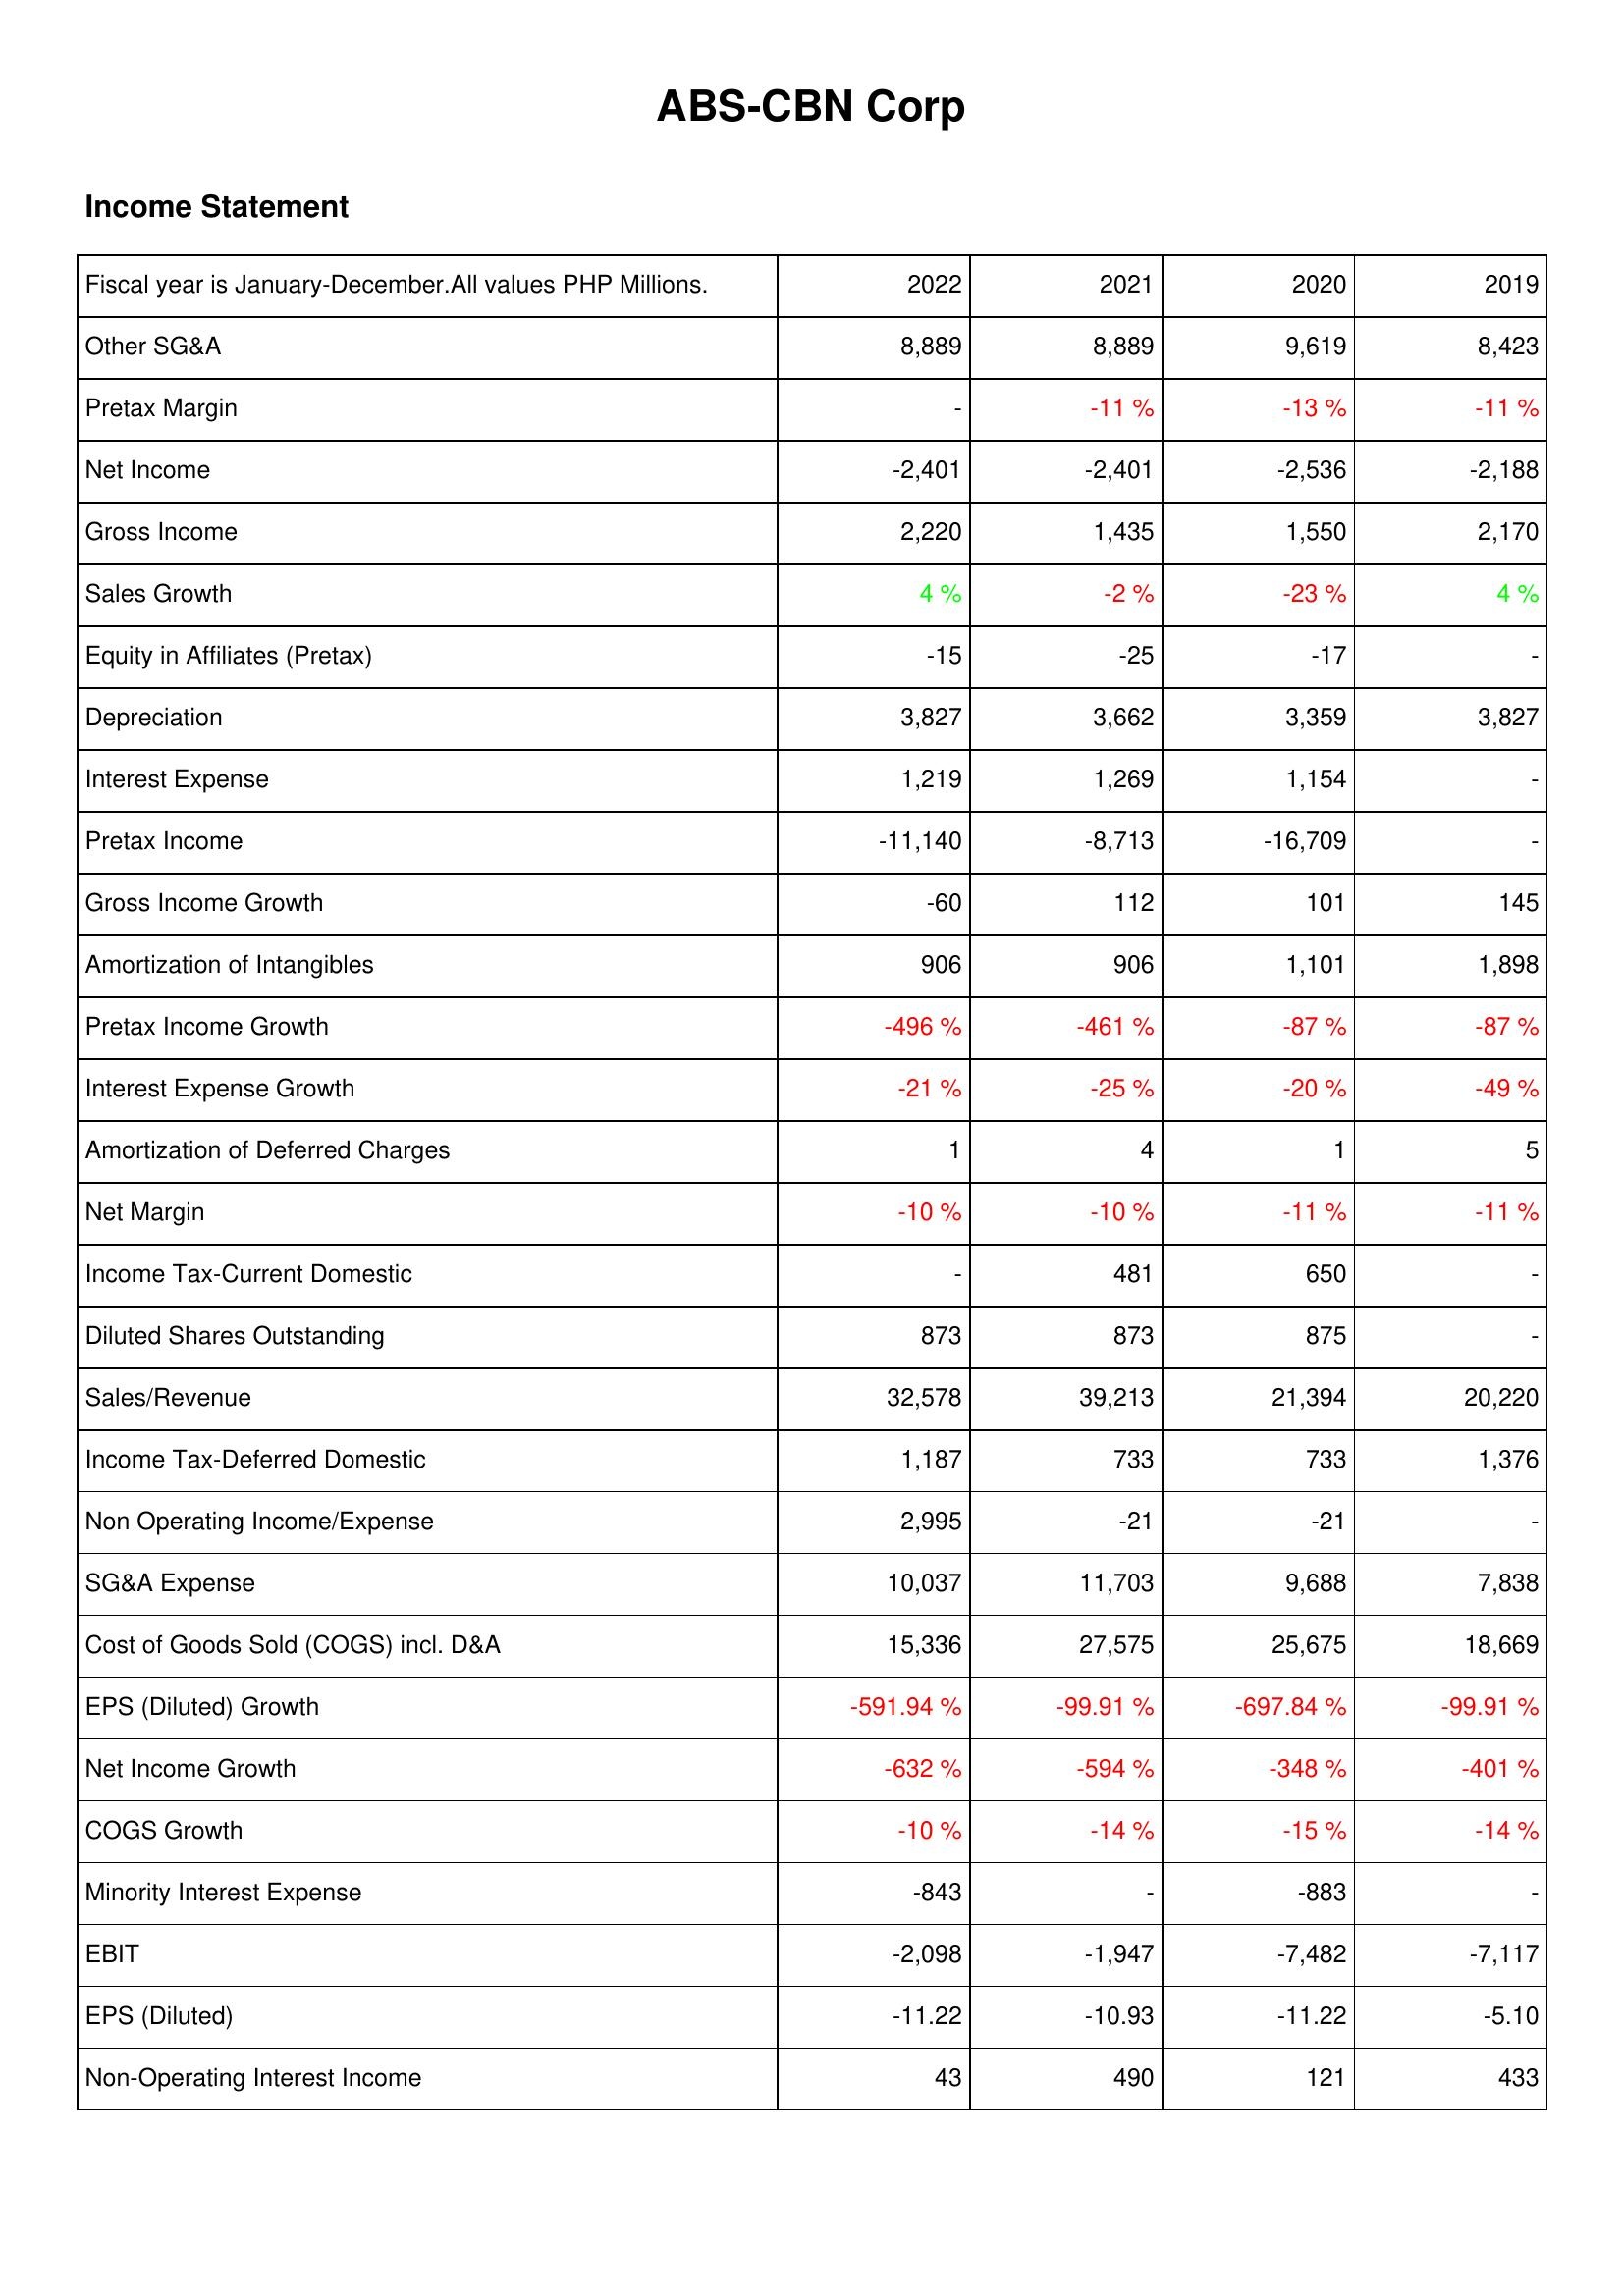
2022: Income Statement: Other SG&A: 8,889
Pretax Margin: -
Net Income: -2,401
Gross Income: 2,220
Sales Growth: 4 %
Equity in Affiliates (Pretax): -15
Depreciation: 3,827
Interest Expense: 1,219
Pretax Income: -11,140
Gross Income Growth: -60
Amortization of Intangibles: 906
Pretax Income Growth: -496 %
Interest Expense Growth: -21 %
Amortization of Deferred Charges: 1
Net Margin: -10 %
Income Tax-Current Domestic: -
Diluted Shares Outstanding: 873
Sales/Revenue: 32,578
Income Tax-Deferred Domestic: 1,187
Non Operating Income/Expense: 2,995
SG&A Expense: 10,037
Cost of Goods Sold (COGS) incl. D&A: 15,336
EPS (Diluted) Growth: -591.94 %
Net Income Growth: -632 %
COGS Growth: -10 %
Minority Interest Expense: -843
EBIT: -2,098
EPS (Diluted): -11.22
Non-Operating Interest Income: 43
2021: Income Statement: Other SG&A: 8,889
Pretax Margin: -11 %
Net Income: -2,401
Gross Income: 1,435
Sales Growth: -2 %
Equity in Affiliates (Pretax): -25
Depreciation: 3,662
Interest Expense: 1,269
Pretax Income: -8,713
Gross Income Growth: 112
Amortization of Intangibles: 906
Pretax Income Growth: -461 %
Interest Expense Growth: -25 %
Amortization of Deferred Charges: 4
Net Margin: -10 %
Income Tax-Current Domestic: 481
Diluted Shares Outstanding: 873
Sales/Revenue: 39,213
Income Tax-Deferred Domestic: 733
Non Operating Income/Expense: -21
SG&A Expense: 11,703
Cost of Goods Sold (COGS) incl. D&A: 27,575
EPS (Diluted) Growth: -99.91 %
Net Income Growth: -594 %
COGS Growth: -14 %
Minority Interest Expense: -
EBIT: -1,947
EPS (Diluted): -10.93
Non-Operating Interest Income: 490
2020: Income Statement: Other SG&A: 9,619
Pretax Margin: -13 %
Net Income: -2,536
Gross Income: 1,550
Sales Growth: -23 %
Equity in Affiliates (Pretax): -17
Depreciation: 3,359
Interest Expense: 1,154
Pretax Income: -16,709
Gross Income Growth: 101
Amortization of Intangibles: 1,101
Pretax Income Growth: -87 %
Interest Expense Growth: -20 %
Amortization of Deferred Charges: 1
Net Margin: -11 %
Income Tax-Current Domestic: 650
Diluted Shares Outstanding: 875
Sales/Revenue: 21,394
Income Tax-Deferred Domestic: 733
Non Operating Income/Expense: -21
SG&A Expense: 9,688
Cost of Goods Sold (COGS) incl. D&A: 25,675
EPS (Diluted) Growth: -697.84 %
Net Income Growth: -348 %
COGS Growth: -15 %
Minority Interest Expense: -883
EBIT: -7,482
EPS (Diluted): -11.22
Non-Operating Interest Income: 121
2019: Income Statement: Other SG&A: 8,423
Pretax Margin: -11 %
Net Income: -2,188
Gross Income: 2,170
Sales Growth: 4 %
Equity in Affiliates (Pretax): -
Depreciation: 3,827
Interest Expense: -
Pretax Income: -
Gross Income Growth: 145
Amortization of Intangibles: 1,898
Pretax Income Growth: -87 %
Interest Expense Growth: -49 %
Amortization of Deferred Charges: 5
Net Margin: -11 %
Income Tax-Current Domestic: -
Diluted Shares Outstanding: -
Sales/Revenue: 20,220
Income Tax-Deferred Domestic: 1,376
Non Operating Income/Expense: -
SG&A Expense: 7,838
Cost of Goods Sold (COGS) incl. D&A: 18,669
EPS (Diluted) Growth: -99.91 %
Net Income Growth: -401 %
COGS Growth: -14 %
Minority Interest Expense: -
EBIT: -7,117
EPS (Diluted): -5.10
Non-Operating Interest Income: 433